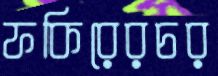
ফকিরেরচর